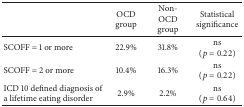
<table><thead><tr><td><b> </b></td><td><b>OCD group</b></td><td><b>Non-OCD group</b></td><td><b>Statistical significance</b></td></tr></thead><tbody><tr><td>SCOFF = 1 or more</td><td>22.9% </td><td>31.8%</td><td>ns (<i>p</i> = 0.22)</td></tr><tr><td>SCOFF = 2 or more </td><td>10.4%</td><td>16.3%</td><td>ns (<i>p</i> = 0.22)</td></tr><tr><td>ICD 10 defined diagnosis of a lifetime eating disorder</td><td>2.9% </td><td>2.2%</td><td>ns (<i>p</i> = 0.64)</td></tr></tbody></table>